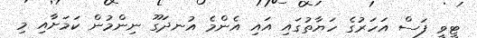
ޓީވީ ފަސް އަހަރުގެ ހަޔާތުގައި އައި އެންމެ އުނދަގޫ ނިންމުން ކަމަށާއި މި